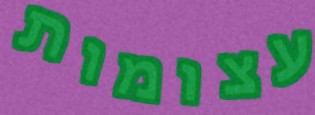
עצומות